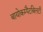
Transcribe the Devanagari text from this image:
बायोकम्पैटबिलटी